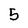
Character: 5